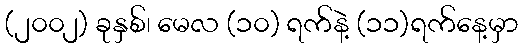
(၂၀၀၂) ခုနှစ်၊ မေလ (၁၀) ရက်နဲ့ (၁၁)ရက်နေ့မှာ